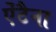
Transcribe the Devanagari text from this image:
ऐंटैना